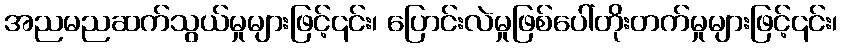
အညမညဆက်သွယ်မှုများဖြင့်၎င်း၊ ပြောင်းလဲမှုဖြစ်ပေါ်တိုးတက်မှုများဖြင့်၎င်း၊